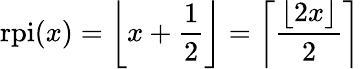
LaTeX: {\mathrm{rpi}}(x)=\left\lfloor x+{\frac{1}{2}}\right\rfloor=\left\lceil{\frac{\lfloor 2x\rfloor}{2}}\right\rceil